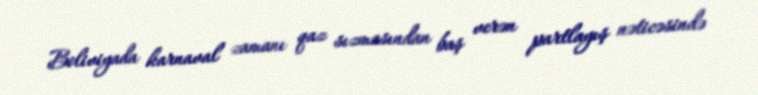
Boliviyada karnaval zamanı qaz sızmasından baş verən partlayış nəticəsində